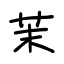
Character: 茉